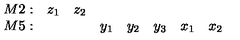
\begin{array} { r c c c c c c c } { { M 2 } : } & { z _ { 1 } } & { z _ { 2 } } & { } & { } & { } & { } & { } \\ { { M 5 } : } & { } & { } & { y _ { 1 } } & { y _ { 2 } } & { y _ { 3 } } & { x _ { 1 } } & { x _ { 2 } } \\ \end{array}